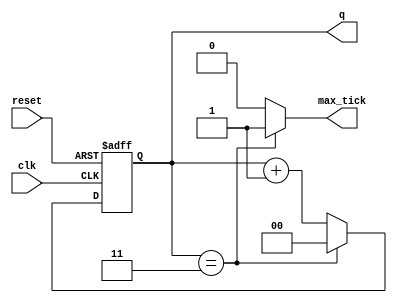
// operates over 4 clock cycles
// max_tick becomes high on every 4th clock cycle

module bode_rate_generator
 #( parameter  N =2, M =4 ) 
 ( 
  input wire 					clk, reset, 
  output wire 					max_tick, 
  output wire 		[N-1:0] 	q 
  ); 
   
 reg 	[N-1:0] r_reg; 
 wire [N-1:0] r_next; 
  
 always@(posedge clk, posedge reset) 
  if(reset) 
   r_reg<=0; 
  else 
   r_reg<= r_next; 
    
 assign r_next = (r_reg==(M-1)) ? 1'b0 :r_reg +1'b1; 
 assign q = r_reg; 
 assign max_tick = (r_reg==(M-1)) ? 1'b1 : 1'b0; 
  
endmodule